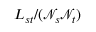
L _ { s t } / ( \mathcal { N } _ { s } \mathcal { N } _ { t } )